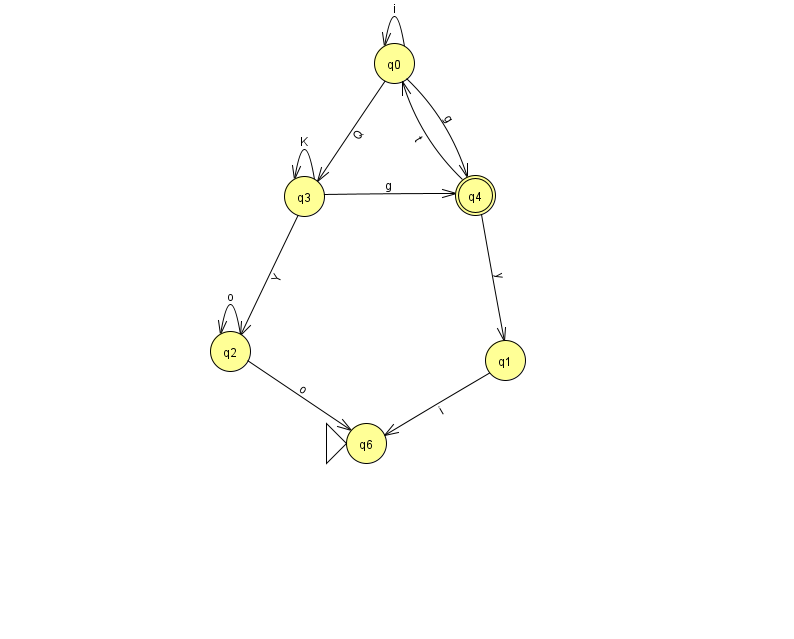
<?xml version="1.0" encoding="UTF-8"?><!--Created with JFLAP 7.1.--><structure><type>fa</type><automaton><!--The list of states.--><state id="0" name="q0"><x>394.0</x><y>50.0</y></state><state id="1" name="q1"><x>505.0</x><y>347.0</y></state><state id="2" name="q2"><x>230.0</x><y>338.0</y></state><state id="3" name="q3"><x>304.0</x><y>183.0</y></state><state id="4" name="q4"><x>475.0</x><y>182.0</y><final/></state><state id="6" name="q6"><x>366.0</x><y>430.0</y><initial/></state><!--The list of transitions.--><transition><from>2</from><to>6</to><read>o</read></transition><transition><from>4</from><to>0</to><read>t</read></transition><transition><from>0</from><to>4</to><read>g</read></transition><transition><from>0</from><to>3</to><read>Q</read></transition><transition><from>3</from><to>4</to><read>g</read></transition><transition><from>3</from><to>2</to><read>Y</read></transition><transition><from>0</from><to>0</to><read>i</read></transition><transition><from>3</from><to>3</to><read>K</read></transition><transition><from>1</from><to>6</to><read>i</read></transition><transition><from>4</from><to>1</to><read>y</read></transition><transition><from>2</from><to>2</to><read>o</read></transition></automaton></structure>